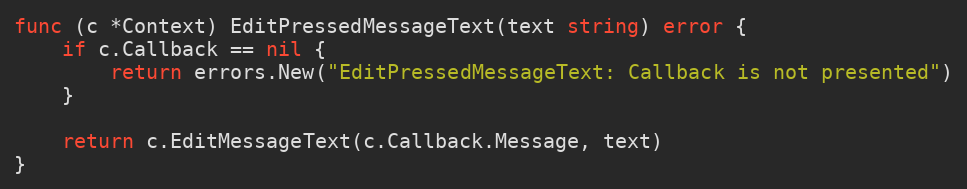
Language: Go
func (c *Context) EditPressedMessageText(text string) error {
	if c.Callback == nil {
		return errors.New("EditPressedMessageText: Callback is not presented")
	}

	return c.EditMessageText(c.Callback.Message, text)
}